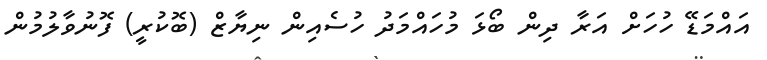
އައްމަޑޭ ހުހަށް އަރާ ދިން ބޯޅަ މުހައްމަދު ހުސެއިން ނިޔާޒް (ބޮކުރީ) ފޮނުވާލުމުން